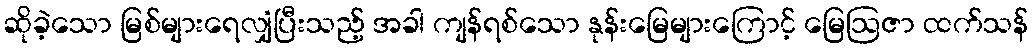
ဆိုခဲ့သော မြစ်များရေလျှံပြီးသည့် အခါ ကျန်ရစ်သော နုန်းမြေများကြောင့် မြေဩဇာ ထက်သန်